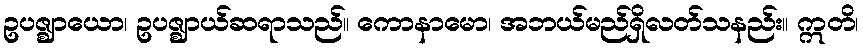
ဥပဇ္ဈာယော၊ ဥပဇ္ဈာယ်ဆရာသည်။ ကောနာမော၊ အဘယ်မည်ရှိလတ်သနည်း။ ဣတိ၊